Indian journal of veterinary science and animal husbandry - Volume 2,
Year: 1932
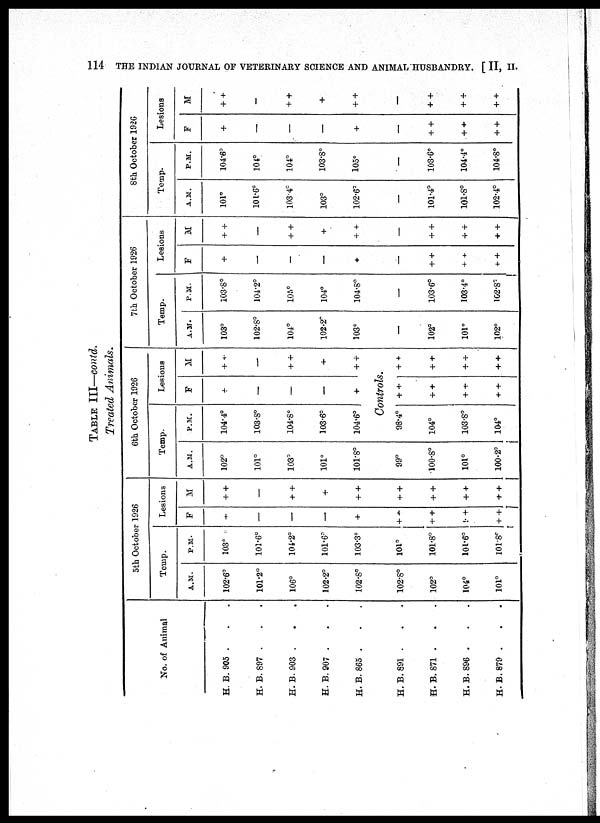
114 THE INDIAN JOURNAL OF VETERINARY SCIENCE AND ANIMAL HUSBANDRY. [ II, II.
TABLE III—contd.
Treated Animals.
No. of Animal
H. B. 905 . . .
H. B. 897 . . .
H. B.903 . . .
H. B.907 . . .
H. B. 865 . . .
5th October 1926
Temp.
A.M.
102.6°
101.2°
106°
102.2°
102.8°
P.M.
103°
101.6°
104.2°
101.6°
103.3°
Lesions
F
+
—
—
—
+
M
+ +
—
+ +
+
+ +
6th October 1926
Temp.
A.M.
102°
101°
103°
101°
101.8°
H. B.891 . . .
H. B. 871 . . .
H. B. 896 . . .
H. B.879 . . .
102.8°
102°
104°
101°
101°
101.8°
101.6°
101.8°
+ +
+ +
+ +
+ +
+ +
+ +
+ +
+ +
99°
100.8°
101°
100.2°
P.M.
104.4°
103.8°
104.8°
103.6°
104.6°
Lesions
F
+
—
—
—
+
M
+ +
—
+ +
+
+ +
Controls.
98.4°
104°
103.8°
104°
+ +
+ +
+ +
+ +
+ +
+ +
+ +
+ +
7 th October 1926
Temp.
A.M.
103°
102.8°
104°
102.2°
103°
P.M.
103.8°
104.2°
105°
104°
104.8°
Lesions
F
+
—
—
—
+
M
+ +
—
+ +
+
+ +
8th October 1926
Temp.
A.M.
101°
101.6°
103.4°
103°
102.6°
P.M.
104.6°
104°
104°
103.8°
105°
Lesions
F
+
—
—
—
+
M
+ +
—
+ +
+
+ +
—
102°
101°
102°
—
103.6°
103.4°
102.8°
—
+ +
+ +
+ +
—
+ +
+ +
+ +
—
101.4°
101.8°
102.4°
—
103.6°
104.4°
104.8°
—
+ +
+ +
+ +
—
+ +
+ +
+ +